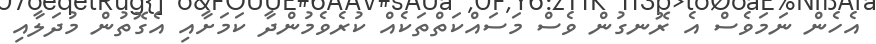
އެހެން ނަމަވެސް އެ ރޮނގުން ވެސް މަސައްކަތްތަކެއް ކުރެވެމުންދާ ކަމަށާއި އެގޮތުން މުދަލާއި